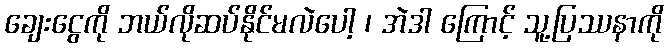
ချေးငွေကို ဘယ်လိုဆပ်နိုင်မလဲပေါ့ ၊ အဲဒါ ကြောင့် သူ့ပြဿနာကို